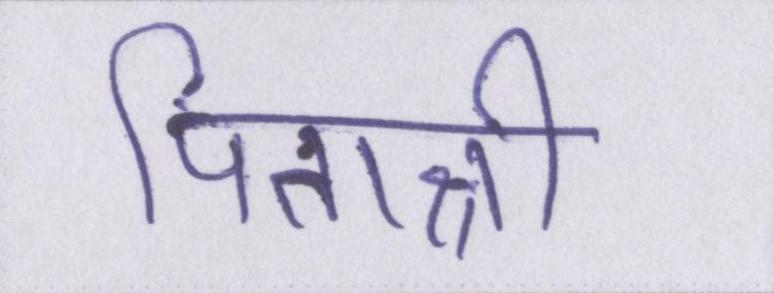
पिताश्री